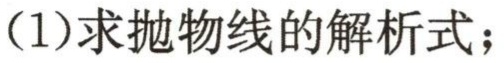
(1)求抛物线的解析式；